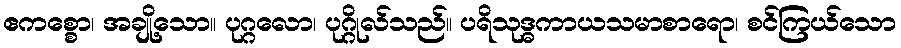
ဧကစ္စော၊ အချို့သော။ ပုဂ္ဂလော၊ ပုဂ္ဂိုလ်သည်။ ပရိသုဒ္ဓကာယသမာစာရော၊ စင်ကြယ်သော